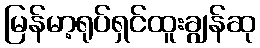
မြန်မာ့ရုပ်ရှင်ထူးချွန်ဆု